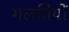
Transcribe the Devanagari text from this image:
गलतियों